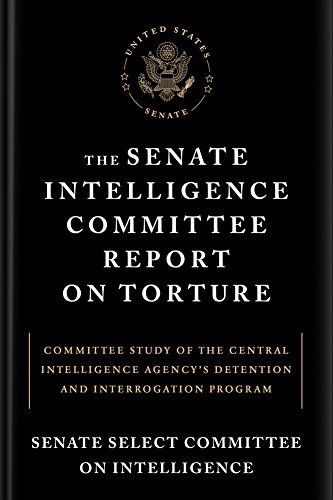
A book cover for The Senate Intelligence Committee Report on Torture: Committee Study of the Central Intelligence Agency's Detention and Interrogation Program; Senate Select Committee on Intelligence; Politics & Social Sciences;